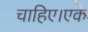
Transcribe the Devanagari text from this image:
चाहिए।एक